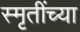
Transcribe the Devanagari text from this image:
स्मृतींच्या